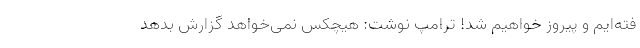
فته‌ایم و پیروز خواهیم شد! ترامپ نوشت: هیچکس نمی‌خواهد گزارش بدهد